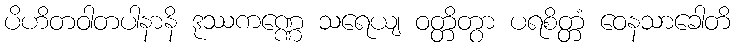
ပိဟိတဝါတပါနာနိ ဒုဿကဏ္ဏေ သရေယျ ဝတ္တိတွာ ပရစိတ္တံ ဝေနသာခေါတိ